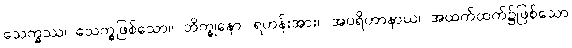
သေက္ခဿ၊ သေက္ခဖြစ်သော။ ဘိက္ခုနော၊ ရဟန်းအား။ အပရိဟာနာယ၊ အထက်ထက်၌ဖြစ်သော